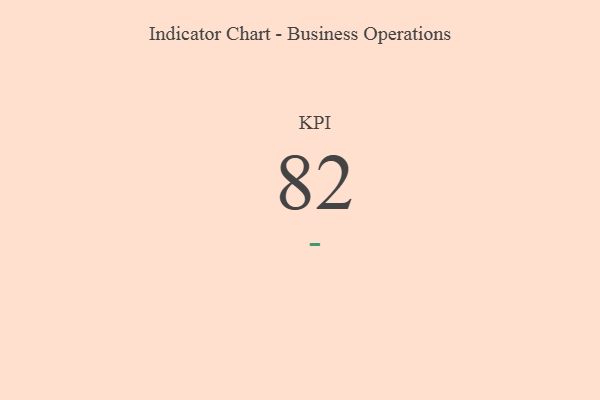
{"axis": {"x": "KPI", "y": "Value"}, "legend": [""], "data": [{"x": "KPI", "y": 82, "type": ""}]}